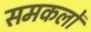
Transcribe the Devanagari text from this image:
समकलों